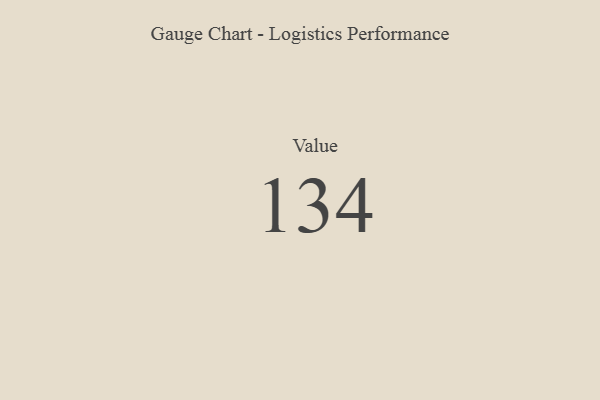
{"axis": {"x": "Metric", "y": "Value"}, "legend": [""], "data": [{"x": "Value", "y": 134, "type": ""}]}